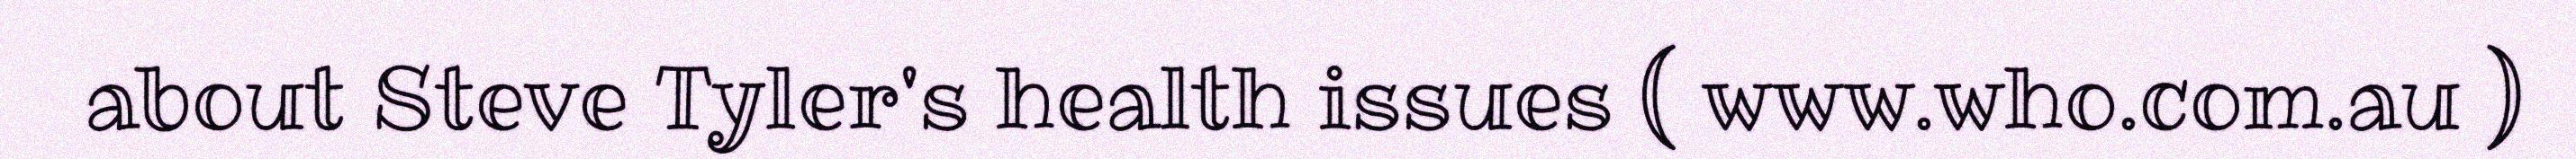
about Steve Tyler's health issues ( www.who.com.au )